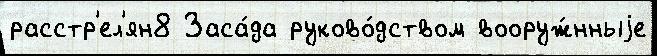
расстр'ел'ян8 Заса́да руково́дством вооруж́нныjе